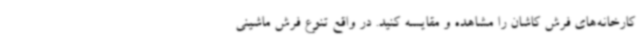
کارخانه‌های فرش کاشان را مشاهده و مقایسه کنید. در واقع تنوع فرش ماشینی